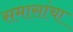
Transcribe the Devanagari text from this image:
समासांचा